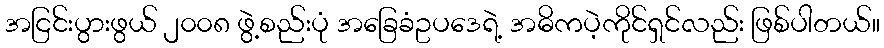
အငြင်းပွားဖွယ် ၂၀၀၈ ဖွဲ့စည်းပုံ အခြေခံဥပဒေရဲ့ အဓိကပဲ့ကိုင်ရှင်လည်း ဖြစ်ပါတယ်။